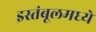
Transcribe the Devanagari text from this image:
इस्तंबूलमध्ये